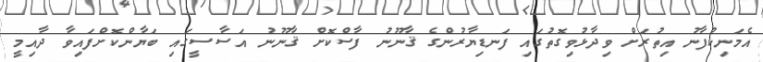
އެމަނިކުފާނު އިތުރަށް ވިދާޅުވިގޮތުގައި ފަނޑިޔާރުންގެ ޤާނޫނު ފާސްކޮށް ޤާނޫނު އަސާސީގައި ބަޔާންކޮށްފައިވާ ދާއިމީ